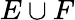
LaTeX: E\cup F